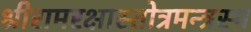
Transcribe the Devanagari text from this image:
श्रीरामरक्षास्तोत्रमन्त्रस्य